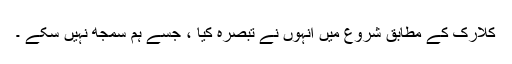
کلارک کے مطابق شروع میں انہوں نے تبصرہ کیا ، جسے ہم سمجھ نہیں سکے ۔